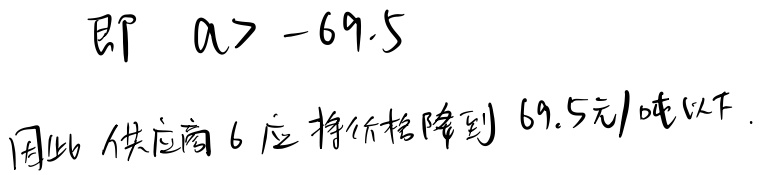
即 \(a > -69.5\)。因此供应商6应将价格降到69.5元/吨以下。